Indian journal of veterinary science and animal husbandry - Volumes 22-23, 1952-1953
Year: 1952
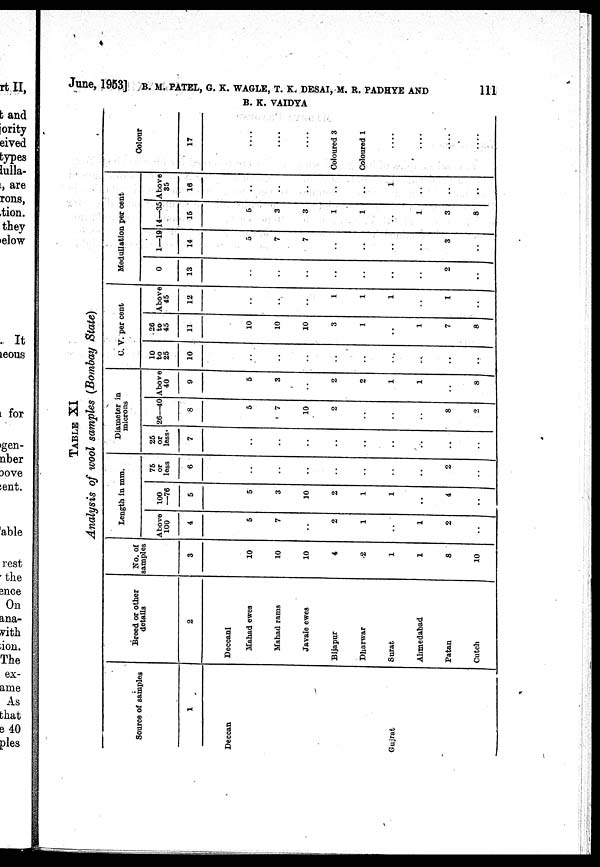
June, 1953] B. M. PATEL, G. K. WAGLE, T. K.DESAI, M. R. PADHYE AND 111
B. K. VAIDYA
TABLE XI
Analysis of wool samples (Bombay State)
Source of samples
1
Deccan
Gujrat
Breed or other
details
2
Deccani
Mahad ewes
Mahad rams
Javale ewes
Bijapur
Dharwar
Surat
Ahmedabad
Patan
Cutch
No. of
samples
3
10
10
10
4
2
1
1
8
10
Length in mm.
Above
100
4
5
7
..
2
1
..
1
2
..
100
—76
5
5
3
10
2
1
1
..
4
..
75
or
less
6
..
..
..
..
..
..
..
2
..
Diameter in
microns
25
or
less
7
..
..
..
..
..
..
..
..
..
26—40
8
5
7
10
2
..
..
..
8
2
Above
40
9
5
3
..
2
2
1
1
..
8
C. V. per cent
10
to
25
10
..
..
..
..
..
..
..
..
..
26
to
45
11
10
10
10
3
1
..
1
7
8
Above
45
12
..
..
..
1
1
1
..
1
..
Medullation per cent
0
13
..
..
..
..
..
..
..
2
..
1—19
14
5
7
7
..
..
..
..
3
..
14—35
15
5
3
3
1
1
..
1
3
8
Above
35
16
..
..
..
..
..
1
..
..
..
Colour
17
....
....
....
Coloured 3
Coloured 1
....
....
....
....